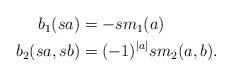
LaTeX: \begin{align*}\begin{aligned}b_1(sa)&=-sm_1(a)\\b_2(sa,sb)&=(-1)^{|a|}sm_2(a,b).\end{aligned}\end{align*}